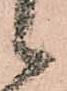
候